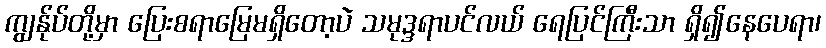
ကျွန်ုပ်တို့မှာ ပြေးစရာမြေမရှိတော့ပဲ သမုဒ္ဒရာပင်လယ် ရေပြင်ကြီးသာ ရှိ၍နေပေရာ၊